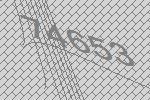
74653